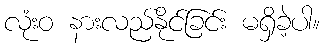
လုံးဝ နားလည်နိုင်ခြင်း မရှိခဲ့ပါ။